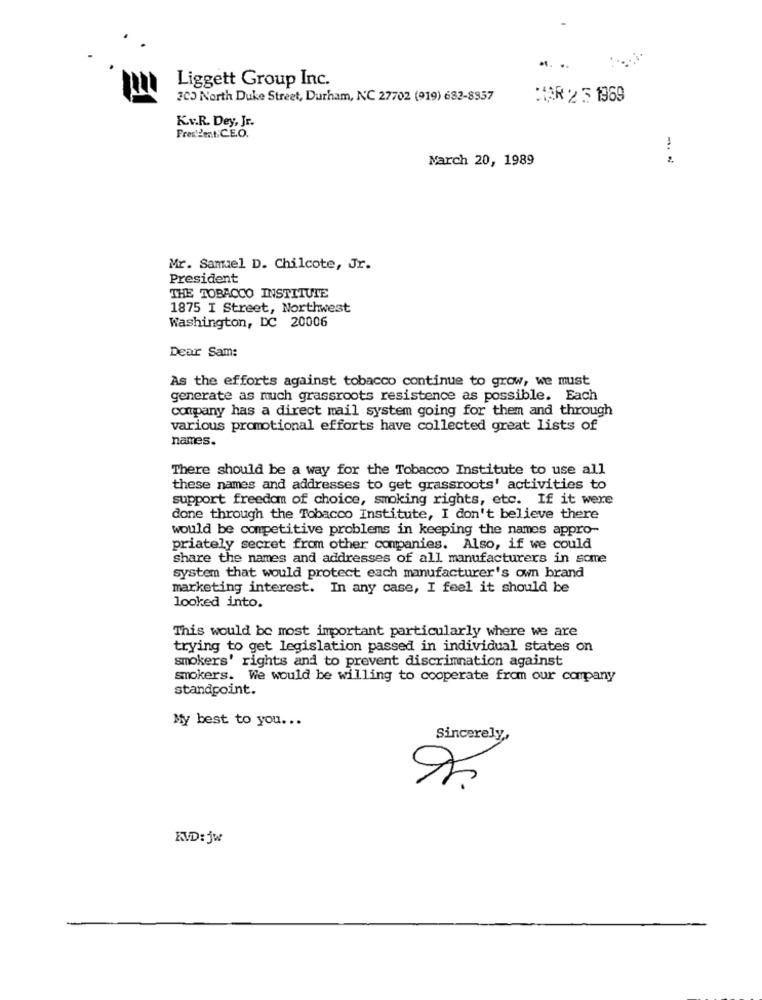
Liggett Group Inc.
300 North Duke Street, Durham, NC 27702 (919) 682-8957
MAR 25 1969
Kv.R. Dey, Jr.
Present.CE.O.
March 20, 1989
-. -
Mr. Samuel D. Chilcote, Jr.
President
THE TOBACCO INSTITUTE
1875 I Street, Northwest
Washington, DC 20006
Dear Sam:
As the efforts against tobacco continue to grow, we must
generate as much grassroots resistence as possible. Each
company has a direct mail system going for them and through
various promotional efforts have collected great lists of
names.
There should be a way for the Tobacco Institute to use all
these names and addresses to get grassroots' activities to
support freedom of choice, smoking rights, etc. If it were
done through the Tobacco Institute, I don't believe there
would be competitive problems in keeping the names appro-
priately secret from other companies. Also, if we could
share the names and addresses of all manufacturers in some
system that would protect each manufacturer's own brand
marketing interest. In any case, I feel it should be
looked into.
This would be most important particularly where we are
trying to get legislation passed in individual states on
smokers' rights and to prevent discrimnation against
smokers. We would be willing to cooperate from our company
standpoint.
My best to you ...
Sincerely,
KVD: jw